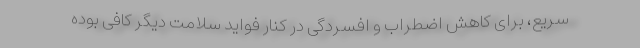
سریع، برای کاهش اضطراب و افسردگی در کنار فواید سلامت دیگر کافی بوده